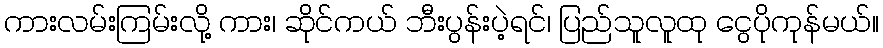
ကားလမ်းကြမ်းလို့ ကား၊ ဆိုင်ကယ် ဘီးပွန်းပဲ့ရင်၊ ပြည်သူလူထု ငွေပိုကုန်မယ်။